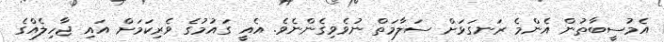
އެމުސީބާތުން އެންމެ ރަނގަޅަށް ސަލާމަތް ނުވެވިގެންނެވެ. އެއީ ގައުމުގެ ވެރިކަމަށް އައި ޖާހިލެއްގެ